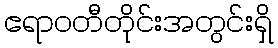
ဧရာဝတီတိုင်းအတွင်းရှိ